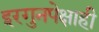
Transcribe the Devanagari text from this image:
इरगुनपेक्षाही